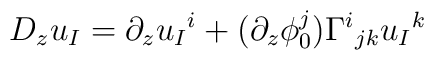
D_zu_I=\partial_zu_I{}^i+(\partial_z\phi_0^j)\Gamma^i{}_{jk}u_I{}^k